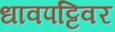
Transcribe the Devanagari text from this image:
धावपट्टिवर